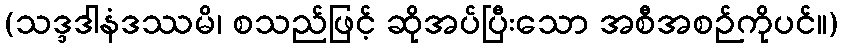
(သဒ္ဒဒါနံဒဿမိ၊ စသည်ဖြင့် ဆိုအပ်ပြီးသော အစီအစဉ်ကိုပင်။)